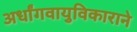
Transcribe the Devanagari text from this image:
अर्धांगवायुविकाराने